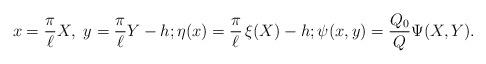
LaTeX: \begin{align*}x = \frac{\pi}{\ell} X ,\ y = \frac{\pi}{\ell} Y - h ; \eta (x) = \frac{\pi}{\ell} \, \xi (X) - h ; \psi (x,y) = \frac{Q_0}{Q} \Psi (X,Y) . \end{align*}